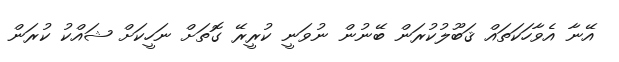
އޭނާ އެވާހަކަތައް ޤަބޫލުކުރަން ބޭނުން ނުވަނީ ކުރީރޭ ގޮތަށް ނަހީކަށް ޝައްކު ކުރަން